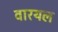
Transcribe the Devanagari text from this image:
वारयल